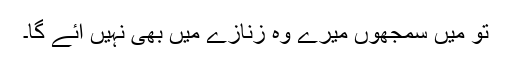
تو میں سمجھوں میرے وہ زنازے میں بھی نہیں آئے گا۔